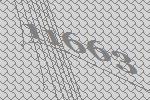
11663